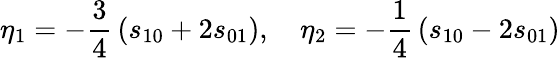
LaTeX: \eta_{1}=-\frac{3}{4}\, (s_{10}+2s_{01}),\quad\eta_{2}=-\frac{1}{4}\, (s_{10}-2s_{01})